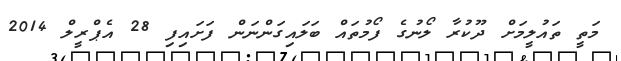
މަތީ ތައުލީމަށް ދޫކުރާ ލޯނުގެ ފޯމުތައް ބަލައިގަންނަން ފަށައިފި 28 އެޕްރީލް 2014